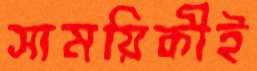
সাময়িকীই